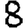
Digit: 8